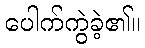
ပေါက်ကွဲခဲ့၏။